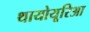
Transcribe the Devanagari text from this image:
थायोयूरिआ